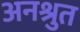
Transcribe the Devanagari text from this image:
अनश्रुत